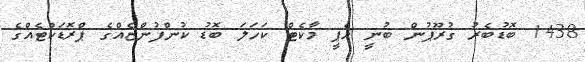
1438 ބޮޑުބެރު ގުރޫޕުން ބުނީ ހެޕީ މާކެޓް ކަހަލަ ބޮޑު ކުންފުންޏެއްގެ ޕްރޮޑަކްޓެއްގެ